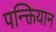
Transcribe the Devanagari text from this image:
पन्क्तियान